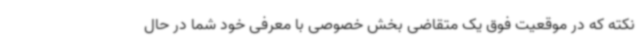
نکته که در موقعیت فوق یک متقاضی بخش خصوصی با معرفی خود شما در حال